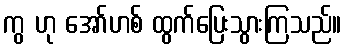
ကွ ဟု အော်ဟစ် ထွက်ပြေးသွားကြသည်။